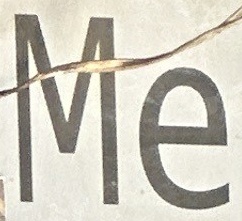
Me